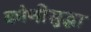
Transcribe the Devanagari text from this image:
कोणीसुद्धा